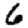
Digit: 6